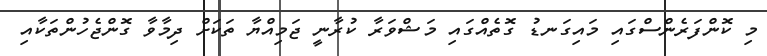
މި ކޮންފަރެންސްގައި މައިގަނޑު ގޮތެއްގައި މަޝްވަރާ ކުރާނީ ޖަމިއްޔާ ތަކަށް ދިމާވާ ގޮންޖެހުންތަކާއި